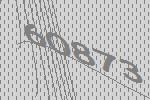
60873